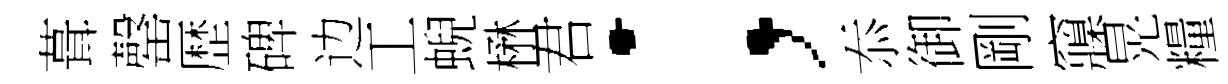
葺罄歴碑边工蜺楙君；忝御剛䆿晃糧